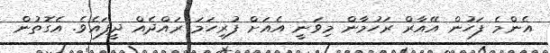
އެންމެ ފަހުން އޭއާރް ރަހުމާން މިވަނީ އެއަށް ފުރިހަމަ ރައްދެއް ދީފައެވެ. އެގޮތުން